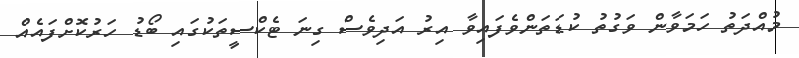
މުއްދަތު ހަމަވާން ވަގުތު ކުޑަތަންވެފައިވާ އިރު އަދިވެސް ގިނަ ޓެކްސީތަކުގައި ބޯޑު ހަރުކޮށްފައެއް